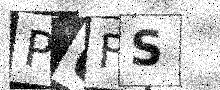
Text: P6FS